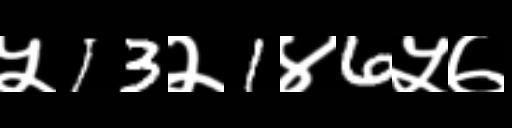
Text: ५13२1४6५७